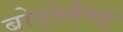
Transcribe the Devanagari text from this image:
बोडोलैण्ड